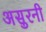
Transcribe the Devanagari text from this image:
असुरनी